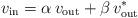
LaTeX: \begin{align*} v_\mathrm{in}=\alpha\, v_\mathrm{out}+\beta\, v_\mathrm{out}^*\end{align*}